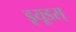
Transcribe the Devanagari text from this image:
ड्र्यूडस्